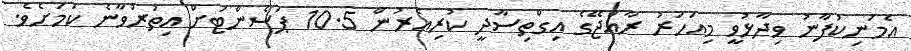
އެމަނިކުފާނު ވިދާޅުވީ މިއަހަރު ރާއްޖޭގެ އިގްތިސާދީ ކުރިއެރުން 10.5 ޕަސެންޓަށް އިތުރުވާނެ ކަމަށެވެ.